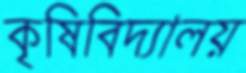
কৃষিবিদ্যালয়